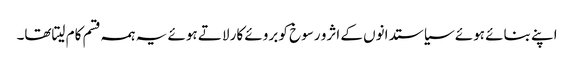
اپنے بنائے ہوئے سیاستدانوں کے اثرو رسوخ کو بروئے کار لاتے ہوئے یہ ہمہ قسم کام لیتاتھا۔